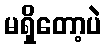
မရှိတော့ပဲ